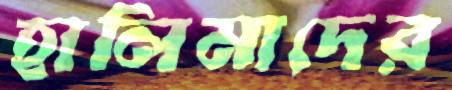
হালিমাদের